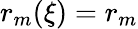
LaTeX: r_{m}(\xi)=r_{m}